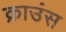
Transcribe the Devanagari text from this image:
क्राउंस